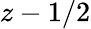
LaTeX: z-1/2